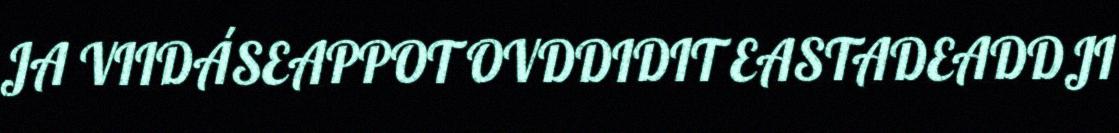
JA VIIDÁSEAPPOT OVDDIDIT EASTADEADDJI